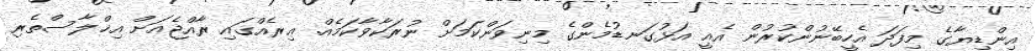
އިންޑިޔާގެ މިފަދަ އެހީބޭނުންކުރުން އެއީ އަޅުގަނޑުމެންގެ މިނިވަންކަމަށް ނުރަކާވާކަމެއް. ޢިރެއްގައި ރާއްޖެއަށް އިޚްލާސްތެރި